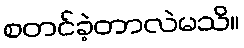
စတင်ခဲ့တာလဲမသိ။